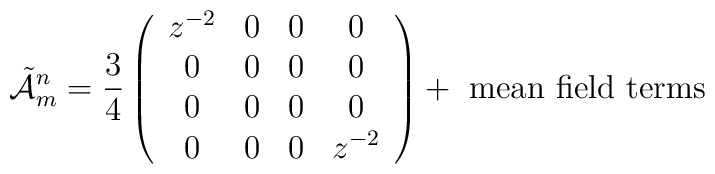
\tilde{\cal A}_m^n = \frac{3}{4}\left(\begin{array}{cccc}        z^{-2} & 0 & 0 & 0\\        0      & 0 & 0 & 0\\        0      & 0 & 0 & 0\\        0      & 0 & 0 & z^{-2}    \end{array}\right) +\mbox{ mean field terms}